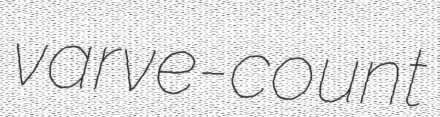
varve-count